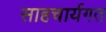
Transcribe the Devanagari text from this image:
साहचार्यगत